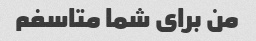
من برای شما متاسفم